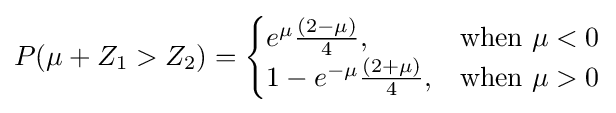
P(\mu +Z_{1}>Z_{2})={\begin{cases}e^{\mu }{\frac {(2-\mu )}{4}},&{\text{when }}\mu <0\\1-e^{-\mu }{\frac {(2+\mu )}{4}},&{\text{when }}\mu >0\\\end{cases}}